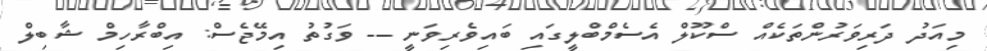
މިއަދު ދަރިވަރުންތަކެއް ސްކޫލް އެސެމްބްލީގައި ބައިވެރިވަނީ -- ވަގުތު އިމޭޖެސް: އިބްރާހިމް ޝާބިލް